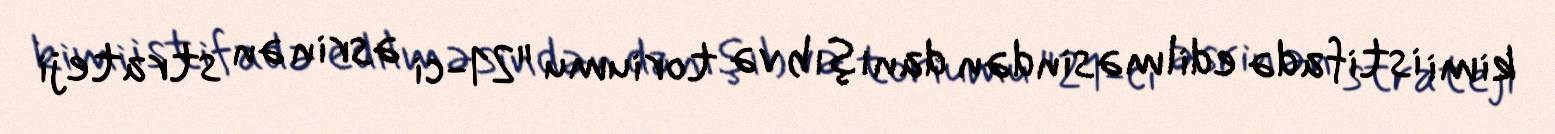
kimi istifadə edilməsindən danışıb və toriumu "21-ci əsrin ən strateji